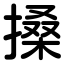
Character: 搡